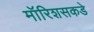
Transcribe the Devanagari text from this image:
मॉरिशसकडे